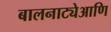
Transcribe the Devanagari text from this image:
बालनाट्येआणि